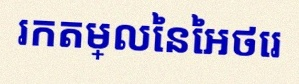
រកតម្លៃនៃអថេរ